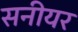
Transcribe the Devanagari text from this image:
सनीयर